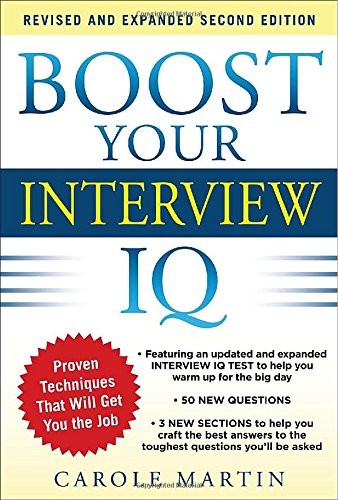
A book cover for Boost Your Interview IQ 2/E; Carole Martin; Business & Money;